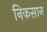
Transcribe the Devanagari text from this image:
निकसान